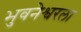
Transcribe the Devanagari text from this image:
भुवनेश्वरला